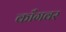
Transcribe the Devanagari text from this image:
काँगवर